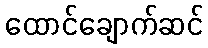
ထောင်ချောက်ဆင်